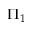
\Pi _ { 1 }